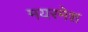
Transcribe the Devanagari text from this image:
मयरमेश